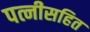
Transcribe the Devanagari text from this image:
पत्नीसहित